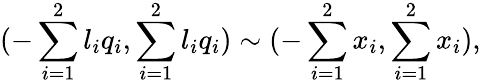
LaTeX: {(-\sum_{i=1}^{2}{l_{i}q_{i}},\sum_{i=1}^{2}{l_{i}q_{i}})}\sim{(-\sum_{i=1}^{2}{x_{i}},\sum_{i=1}^{2}{x_{i}})},